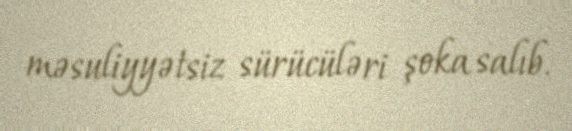
məsuliyyətsiz sürücüləri şoka salıb.